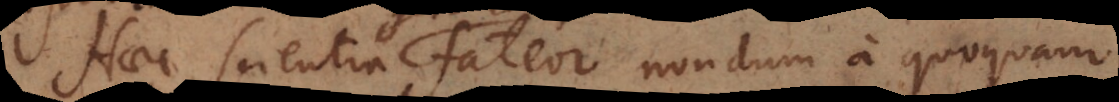
Haec scientia fateor nondum a quoquam